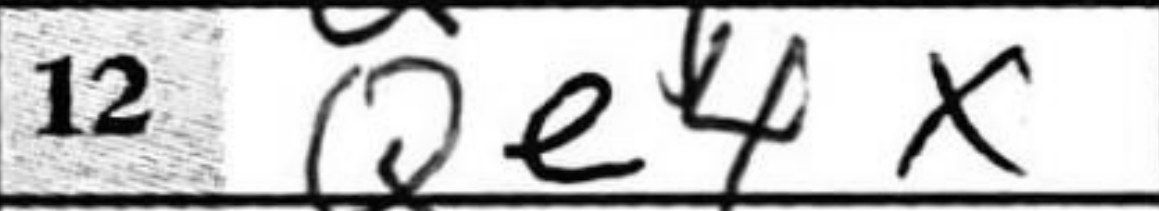
Transcription: Qe4x